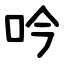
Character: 吟